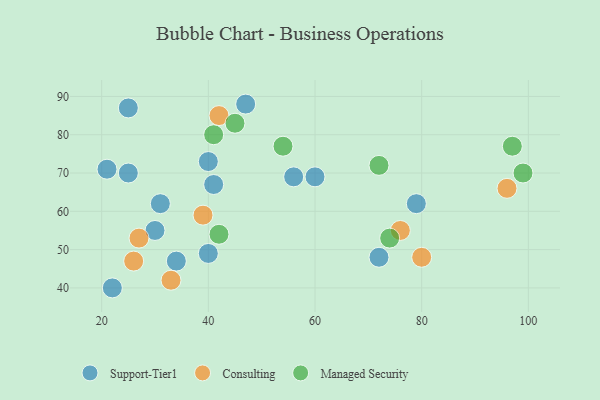
{"axis": {"x": "GDP", "y": "Life Expectancy"}, "legend": ["Consulting", "Managed Security", "Support-Tier1"], "data": [{"x": "34", "y": 47, "type": "Support-Tier1"}, {"x": "56", "y": 69, "type": "Support-Tier1"}, {"x": "40", "y": 73, "type": "Support-Tier1"}, {"x": "25", "y": 70, "type": "Support-Tier1"}, {"x": "40", "y": 49, "type": "Support-Tier1"}, {"x": "22", "y": 40, "type": "Support-Tier1"}, {"x": "60", "y": 69, "type": "Support-Tier1"}, {"x": "30", "y": 55, "type": "Support-Tier1"}, {"x": "21", "y": 71, "type": "Support-Tier1"}, {"x": "47", "y": 88, "type": "Support-Tier1"}, {"x": "31", "y": 62, "type": "Support-Tier1"}, {"x": "72", "y": 48, "type": "Support-Tier1"}, {"x": "79", "y": 62, "type": "Support-Tier1"}, {"x": "41", "y": 67, "type": "Support-Tier1"}, {"x": "25", "y": 87, "type": "Support-Tier1"}, {"x": "42", "y": 85, "type": "Consulting"}, {"x": "39", "y": 59, "type": "Consulting"}, {"x": "27", "y": 53, "type": "Consulting"}, {"x": "76", "y": 55, "type": "Consulting"}, {"x": "80", "y": 48, "type": "Consulting"}, {"x": "26", "y": 47, "type": "Consulting"}, {"x": "96", "y": 66, "type": "Consulting"}, {"x": "33", "y": 42, "type": "Consulting"}, {"x": "45", "y": 83, "type": "Managed Security"}, {"x": "72", "y": 72, "type": "Managed Security"}, {"x": "74", "y": 53, "type": "Managed Security"}, {"x": "54", "y": 77, "type": "Managed Security"}, {"x": "42", "y": 54, "type": "Managed Security"}, {"x": "97", "y": 77, "type": "Managed Security"}, {"x": "41", "y": 80, "type": "Managed Security"}, {"x": "99", "y": 70, "type": "Managed Security"}]}